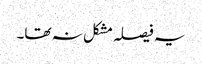
یہ فیصلہ مشکل نہ تھا۔